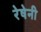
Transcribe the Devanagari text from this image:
रेषेनी